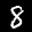
Label: 8